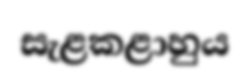
සැළකළාහුය